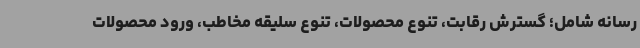
رسانه شامل؛ گسترش رقابت، تنوع محصولات، تنوع سلیقه مخاطب، ورود محصولات